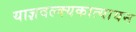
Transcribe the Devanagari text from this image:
याज्ञवल्क्यकात्यायन